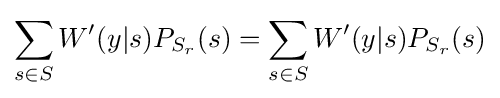
\displaystyle \sum _{s\in S}W'(y|s)P_{S_{r}}(s)=\sum _{s\in S}W'(y|s)P_{S_{r}}(s)